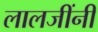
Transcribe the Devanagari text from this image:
लालजींनी